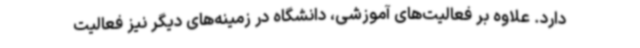
دارد. علاوه بر فعالیت‌های آموزشی، دانشگاه در زمینه‌های دیگر نیز فعالیت